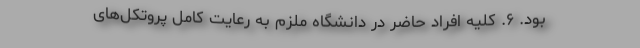
بود. ۶. کلیه افراد حاضر در دانشگاه ملزم به رعایت کامل پروتکل‌های